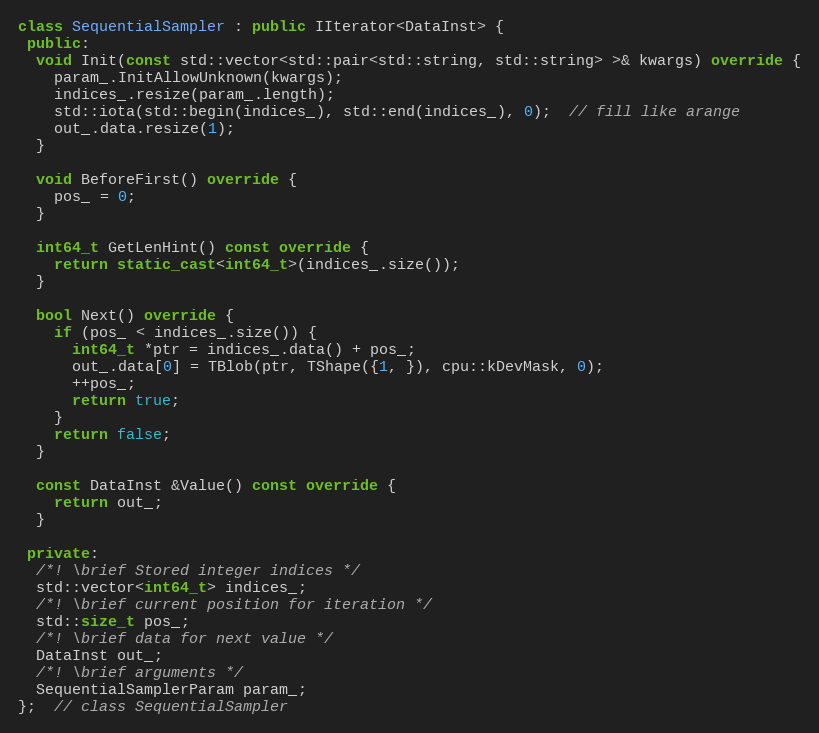
Language: C++
class SequentialSampler : public IIterator<DataInst> {
 public:
  void Init(const std::vector<std::pair<std::string, std::string> >& kwargs) override {
    param_.InitAllowUnknown(kwargs);
    indices_.resize(param_.length);
    std::iota(std::begin(indices_), std::end(indices_), 0);  // fill like arange
    out_.data.resize(1);
  }

  void BeforeFirst() override {
    pos_ = 0;
  }

  int64_t GetLenHint() const override {
    return static_cast<int64_t>(indices_.size());
  }

  bool Next() override {
    if (pos_ < indices_.size()) {
      int64_t *ptr = indices_.data() + pos_;
      out_.data[0] = TBlob(ptr, TShape({1, }), cpu::kDevMask, 0);
      ++pos_;
      return true;
    }
    return false;
  }

  const DataInst &Value() const override {
    return out_;
  }

 private:
  /*! \brief Stored integer indices */
  std::vector<int64_t> indices_;
  /*! \brief current position for iteration */
  std::size_t pos_;
  /*! \brief data for next value */
  DataInst out_;
  /*! \brief arguments */
  SequentialSamplerParam param_;
};  // class SequentialSampler